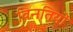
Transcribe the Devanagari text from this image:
विनतियों